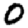
Digit: 0